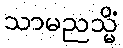
သာမညသ္မိံ